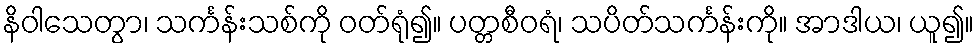
နိဝါသေတွာ၊ သင်္ကန်းသစ်ကို ဝတ်ရုံ၍။ ပတ္တစီဝရံ၊ သပိတ်သင်္ကန်းကို။ အာဒါယ၊ ယူ၍။